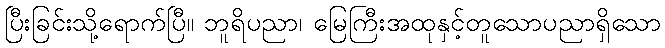
ပြီးခြင်းသို့ရောက်ပြီ။ ဘူရိပညာ၊ မြေကြီးအထုနှင့်တူသောပညာရှိသော